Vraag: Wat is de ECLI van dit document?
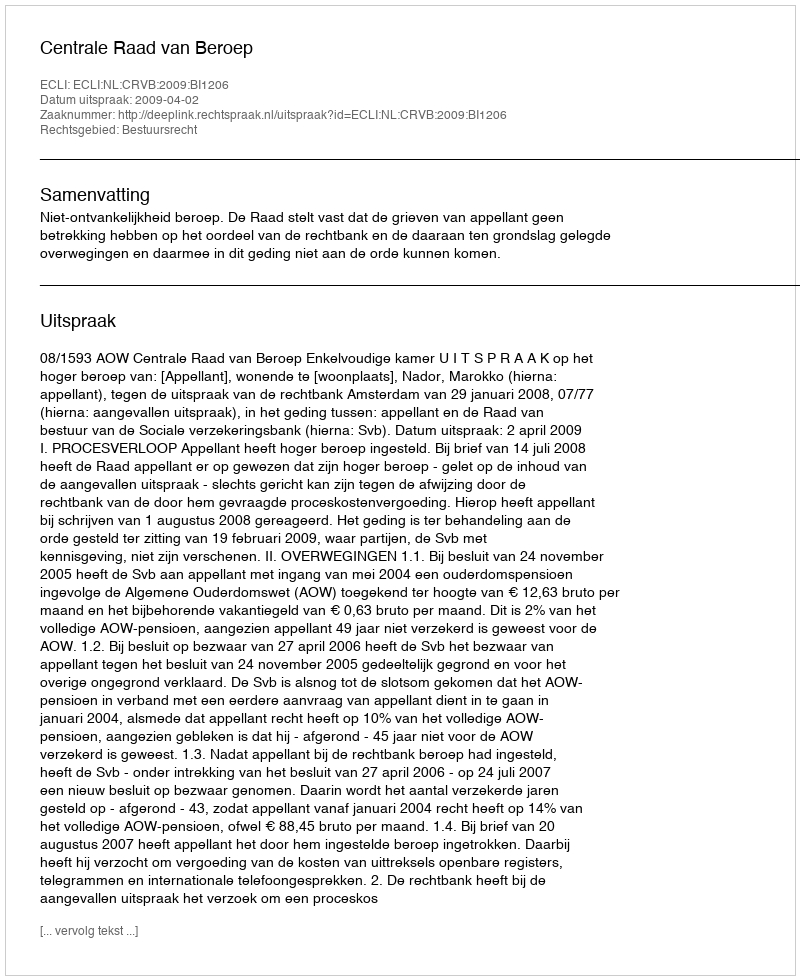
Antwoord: ECLI:NL:CRVB:2009:BI1206